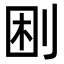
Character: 𠜠